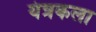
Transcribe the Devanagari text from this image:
यंत्रकला